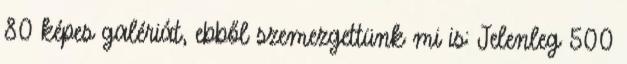
80 képes galériát, ebből szemezgettünk mi is: Jelenleg 500